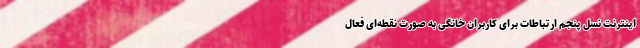
اینترنت نسل پنجم ارتباطات برای کاربران خانگی به صورت نقطه‌ای فعال